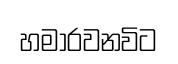
හමාරවනවිට